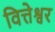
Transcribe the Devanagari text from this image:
वित्तेश्वर